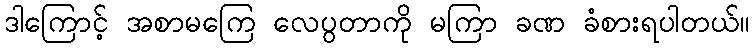
ဒါကြောင့် အစာမကြေ လေပွတာကို မကြာ ခဏ ခံစားရပါတယ်။